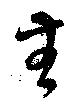
無